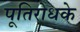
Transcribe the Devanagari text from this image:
पूतिरोधके